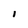
Character: 1